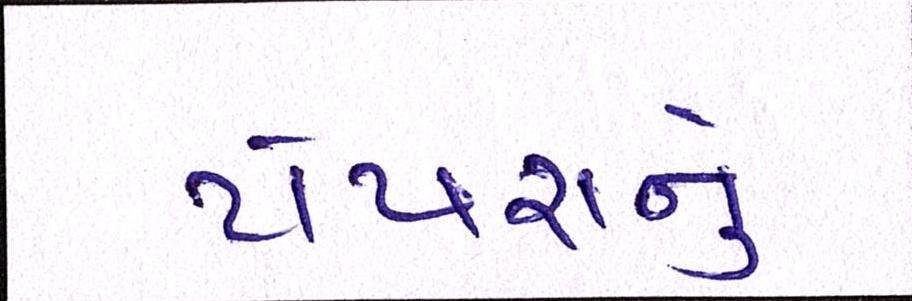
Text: ટોપરાનું